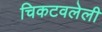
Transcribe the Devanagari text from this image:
चिकटवलेली